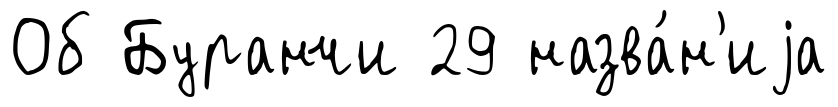
Об Буранчи 29 назва́н'иjа